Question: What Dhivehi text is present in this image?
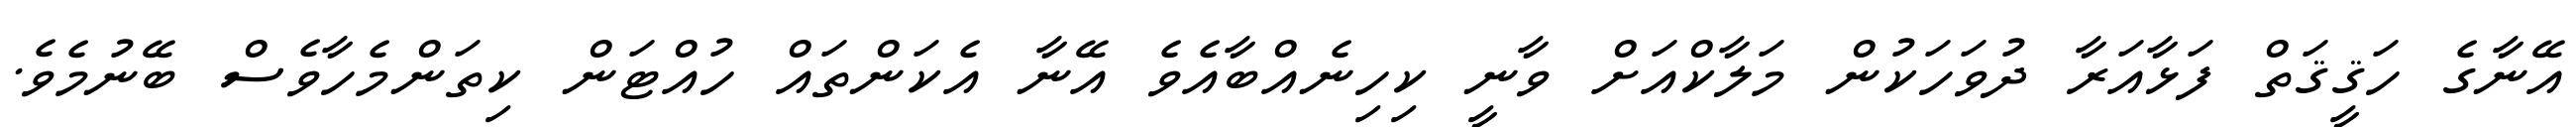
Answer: އޭނާގެ ހަޤީޤަތް ފަޅާއަރާ ދުވަހަކުން މަލާކްއަށް ވާނީ ކިހިނެއްބާއެވެ އޭނާ އެކަންތައް ހުއްޓަން ކިތަންމެހާވެސް ބޭނުމެވެ.